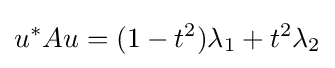
u^{*}Au=(1-t^{2})\lambda _{1}+t^{2}\lambda _{2}